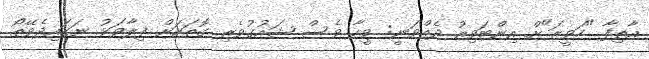
އާތިފާ "ހަވީރަ"ށް އިންޓަވިއު ދެއްވަނީ: ވީހާ ވެސް ޝައުގުވެރި ގޮތަކަށް ފިލާވަޅު ނަގައިދެވޭތޯ